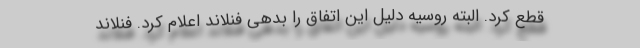
قطع کرد. البته روسیه دلیل این اتفاق را بدهی فنلاند اعلام کرد. فنلاند